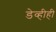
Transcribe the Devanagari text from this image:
डेव्हीही